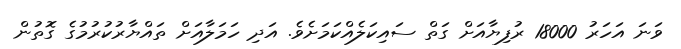
ވަނަ އަހަރު 18000 ރުފިޔާއަށް ގަތް ސައިކަލެއްކަމަށެވެ. އަދި ހަމަލާއަށް ތައްޔާރުކުރުމުގެ ގޮތުން